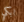
ابكي